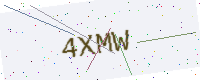
Text: 4XMW